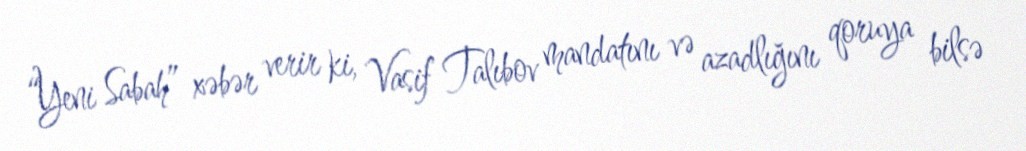
“Yeni Sabah” xəbər verir ki, Vasif Talıbov mandatını və azadlığını qoruya bilsə